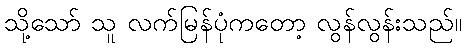
သို့သော် သူ လက်မြန်ပုံကတော့ လွန်လွန်းသည်။